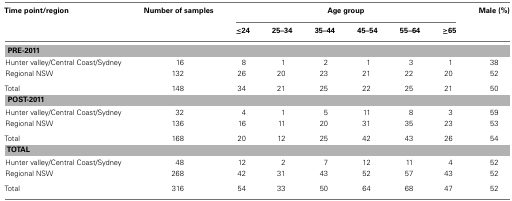
| Time point/region | Number of samples | <COLSPAN=6> Age group | Male (%) |
 |  |  | ≤24 | 25–34 | 35–44 | 45–54 | 55–64 | ≥65 |  |
 | --- | --- | --- | --- | --- | --- | --- | --- | --- |
 | <COLSPAN=9> PRE-2011 |
 | Hunter valley/Central Coast/Sydney | 16 | 8 | 1 | 2 | 1 | 3 | 1 | 38 |
 | Regional NSW | 132 | 26 | 20 | 23 | 21 | 22 | 20 | 52 |
 | Total | 148 | 34 | 21 | 25 | 22 | 25 | 21 | 50 |
 | <COLSPAN=9> POST-2011 |
 | Hunter valley/Central Coast/Sydney | 32 | 4 | 1 | 5 | 11 | 8 | 3 | 59 |
 | Regional NSW | 136 | 16 | 11 | 20 | 31 | 35 | 23 | 53 |
 | Total | 168 | 20 | 12 | 25 | 42 | 43 | 26 | 54 |
 | <COLSPAN=9> TOTAL |
 | Hunter valley/Central Coast/Sydney | 48 | 12 | 2 | 7 | 12 | 11 | 4 | 52 |
 | Regional NSW | 268 | 42 | 31 | 43 | 52 | 57 | 43 | 52 |
 | Total | 316 | 54 | 33 | 50 | 64 | 68 | 47 | 52 |